Medical and sanitary report of the native army of Madras for the year
Year: 1875
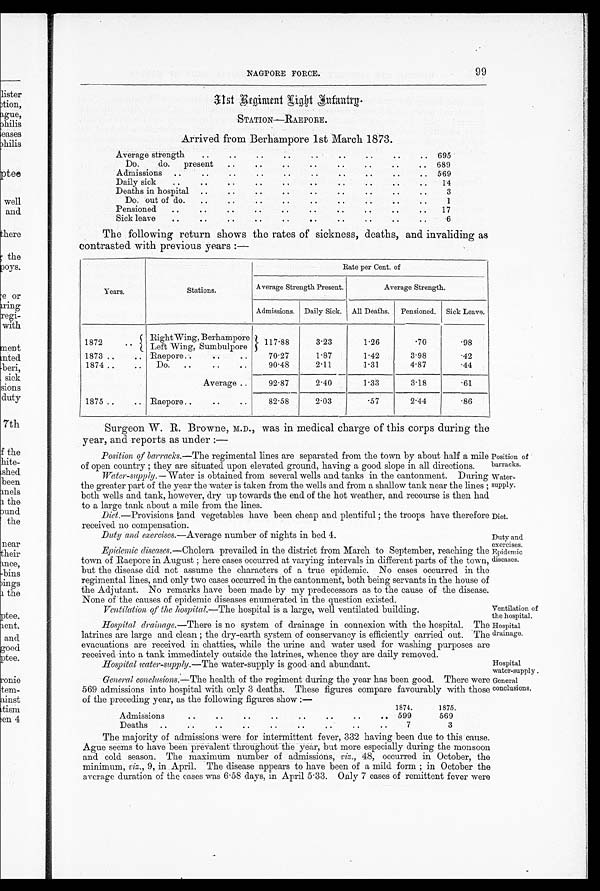
Position of
barracks.
Water-
supply.
Diet.
Duty and exercises.
Epidemic
diseases.
N A G P O R E F O R C E . 9 9
3 1 s t R e g i m e n t I n f a n t r y .
STATION—RAEPORE.
Arrived from Berhampore 1st March 1873
Average strength
695
D o . d o . p r e s e n t
689
A d m i s s i o n s
569
D a i l y s i c k
14
D e a t h s i n h o s p i t a l
3
D o . o u t o f d o .
1
Pensioned
17
S i c k l e a v e
6
The following return shows the rates of sickness, deaths, and invaliding as
contrasted with previous years:—
Years .
Stations.
Rate per Cent. of
Average Strength Present.
Average Strength.
Admissions. Daily Sick. All Deaths. Pensioned. Sick Leave.
1872
Right Wing, Berhampore
Left Wing, Sumbulpore
117.88
3.23
1.26
.70
.98
1873
Raepore
70.27
1.87
1.42
3.98
.42
1874
Do.
90.48
2.11
1.31
4.87
.44
Average
92.87
2.40
1.33
3.18
.61
1875
Raepore
82.58
2.03
.57
2.44
.86
Surgeon W. R. Browne, M.D., was in medical charge of this corps during the
year, and reports as under:—
Position of barracks. —The regimental lines are separated from the town by about half a mile
of open country; they are situated upon elevated ground, having a good slope in all directions.
Water-supply .—Water is obtained from several wells and tanks in the cantonment. During
the greater part of the year the water is taken from the wells and from a shallow tank near the lines;
both wells and tank, however, dry up towards the end of the hot weather, and recourse is then
h a d t o a l a r g e t a n k a b o u t a m i l e f r o m t h e l i n e s .
Diet .—Provisions and vegetables have been cheap and plentiful; the troops have therefore
received no compensation.
Duty and exercises. —Average number of nights in bed 4.
Epidemic diseases. —Cholera prevailed in the district from March to September, reaching the
town of Raepore in August; here cases occurred at varying intervals in different parts of the town,
but the disease did not assume the characters of a true epidemic. No cases occurred in the
regimental lines, and only two cases occurred in the cantonment, both being servants in the house of
the Adjutant. No remarks have been made by my predecessors as to the cause of the disease.
None of the causes of epidemic diseases enumerated in the question existed.
Ventilation of the hospital.—The hospital is a large, well ventilated building.
Ventilation of
the hospital.
Hospital drainage .—There is no system of drainage in connexion with the hospital. The
latrines are large and clean; the dry-earth system of conservancy is efficiently carried out. The
evacuations are received in chatties, while the urine and water used for washing purposes are
received into a tank immediately outside the latrines, whence they are daily removed.
Hospital
drainage.
Hospital water-supply.—The water-supply is good and abundant.
Hospital
water-supply.
General conclusions .—The health of the regiment during the year has been good. There were
569 admissions into hospital with only 3 deaths. These figures compare favourably with those
of the preceding year, as the following figures show:—
1874.
1875.
Admissions
599
569
D e a t h s
7
3
The majority of admissions were for intermittent fever, 332 having been due to this cause.
Ague seems to have been prevalent throughout the year, but more especially during the monsoon
and cold season. The maximum number of admissions, viz ., 48, occurred in October, the
minimum, viz ., 9, in April. The disease appears to have been of a mild form; in October the
average duration of the cases was 6.58 days, in April 5.33. Only 7 cases of remittent fever were
General conclusions.